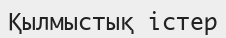
Қылмыстық істер